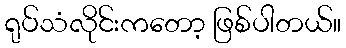
ရုပ်သံလိုင်းကတော့ ဖြစ်ပါတယ်။